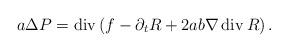
LaTeX: \begin{align*}a\Delta P=\operatorname{div}\left( f-\partial_{t}R+2ab\nabla\operatorname{div}R\right) . \end{align*}